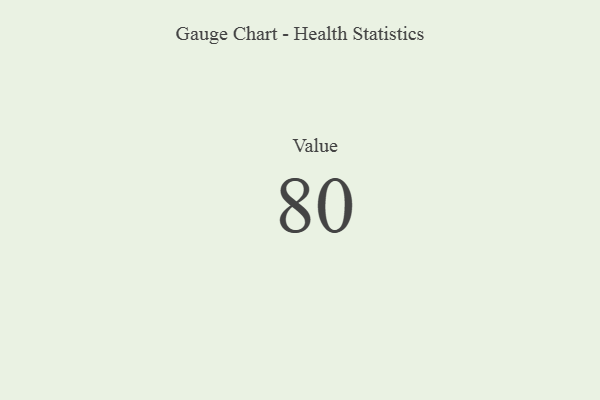
{"axis": {"x": "Metric", "y": "Value"}, "legend": [""], "data": [{"x": "Value", "y": 80, "type": ""}]}